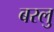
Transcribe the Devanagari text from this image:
बरलु